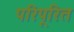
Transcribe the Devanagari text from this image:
परिपूरित